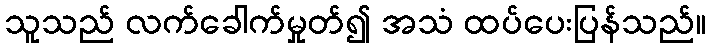
သူသည် လက်ခေါက်မှုတ်၍ အသံ ထပ်ပေးပြန်သည်။